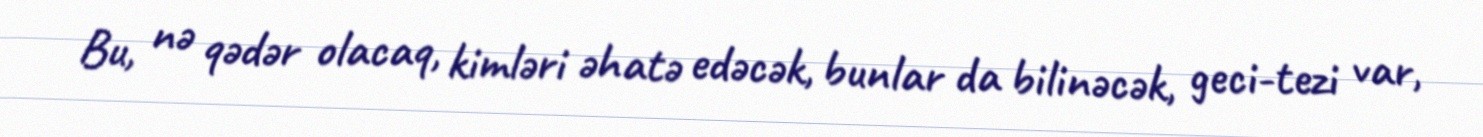
Bu, nə qədər olacaq, kimləri əhatə edəcək, bunlar da bilinəcək, geci-tezi var,